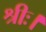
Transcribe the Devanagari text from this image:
श्रीः।